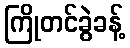
ကြိုတင်ခွဲခန့်